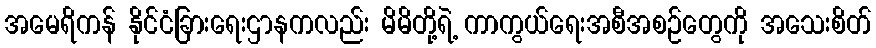
အမေရိကန် နိုင်ငံခြားရေးဌာနကလည်း မိမိတို့ရဲ့ ကာကွယ်ရေးအစီအစဉ်တွေကို အသေးစိတ်